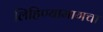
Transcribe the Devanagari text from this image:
लिहिण्यामागचा